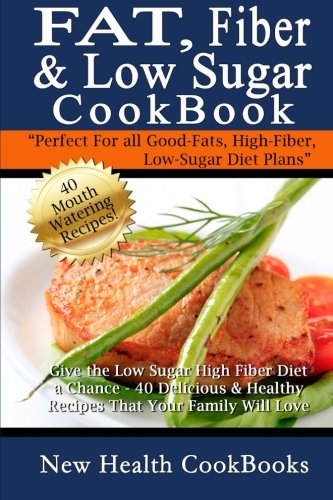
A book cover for Fat, Fiber & Low Sugar Cookbook: Give the Low Sugar High Fiber Diet a Chance - 40 Delicious & Healthy Recipes That Your Family Will Love; New Health Cookbooks; Health, Fitness & Dieting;